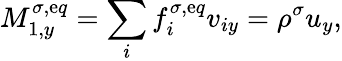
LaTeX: M_{1,y}^{\sigma,\mathrm{e}q}=\sum_{i}f_{i}^{\sigma,\mathrm{e}q}v_{iy}=\rho^{\sigma}u_{y},